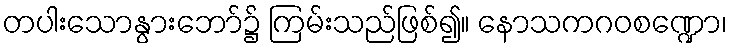
တပါးသောနွားဘော်၌ ကြမ်းသည်ဖြစ်၍။ နောသကဂဝစဏ္ဍော၊